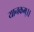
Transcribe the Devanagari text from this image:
यानकम्।।